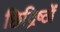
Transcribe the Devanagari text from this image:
छिद्रिष्ठों